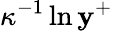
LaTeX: \kappa^{-1}\ln{\mathbf{y}^{+}}